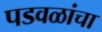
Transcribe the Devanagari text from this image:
पडवळांचा